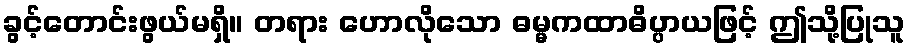
ခွင့်တောင်းဖွယ်မရှိ။ တရား ဟောလိုသော ဓမ္မကထာဓိပ္ပာယဖြင့် ဤသို့ပြုသူ